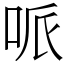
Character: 哌